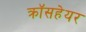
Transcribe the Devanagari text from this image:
क्रॉसहेयर